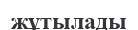
жұтылады